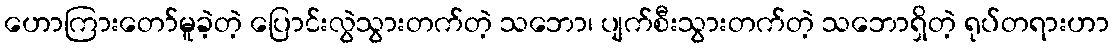
ဟောကြားတော်မူခဲ့တဲ့ ပြောင်းလွဲသွားတက်တဲ့ သဘော၊ ပျက်စီးသွားတက်တဲ့ သဘောရှိတဲ့ ရုပ်တရားဟာ